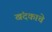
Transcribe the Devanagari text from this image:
खंदकाचे